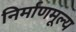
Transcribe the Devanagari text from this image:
निर्माणमूल्य